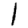
Digit: 1